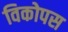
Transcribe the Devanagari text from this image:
विकोपस